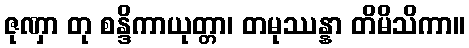
ဇုဏှာ တု စန္ဒိကာယုတ္တာ၊ တမုဿန္နာ တိမိသိကာ။